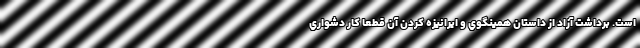
است. برداشت آزاد از داستان همينگوي و ايرانيزه کردن آن قطعا کار دشواري